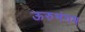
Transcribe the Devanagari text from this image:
ऊरुभंगम